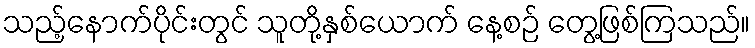
သည့်နောက်ပိုင်းတွင် သူတို့နှစ်ယောက် နေ့စဉ် တွေ့ဖြစ်ကြသည်။